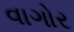
વાગોર